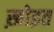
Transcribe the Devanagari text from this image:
ख़ोइत